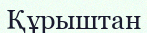
Құрыштан